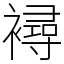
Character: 襑